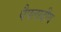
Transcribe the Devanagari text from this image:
पैपलादीय